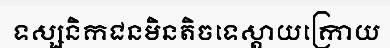
ទស្សនិកជនមិនតិចទេស្តាយក្រោយ